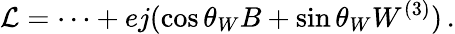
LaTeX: {\cal L}=\cdots+ej(\cos\theta_{W}B+\sin\theta_{W}W^{(3)})\, .